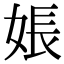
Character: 𪥽